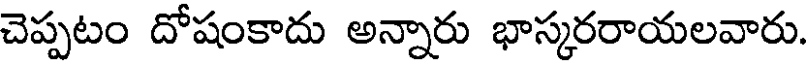
చెప్పటం దోషంకాదు అన్నారు భాస్కరరాయలవారు.